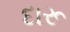
દારૂ